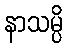
နာသမ္ပိ